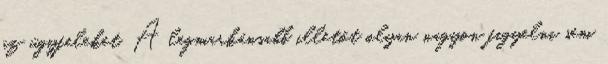
az ügyfeleket. A legmarkánsabb illetőt olyan nagyon figyelni sem